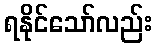
ရနိုင်သော်လည်း